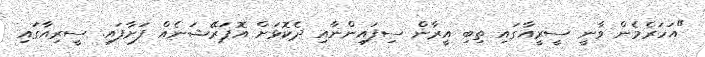
"އަހަރެމެން ވާނީ ސީރީއާގައި ތިބި އީރާން ސިފައިންނާއި ދެކޮޅަށް އޮޕަރޭޝަނެއް ފަށާފައި. ސީރިއާގައި